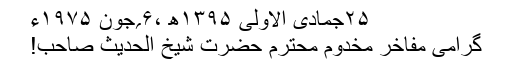
۲۵جمادی الاولیٰ ۱۳۹۵ھ ،۶؍جون ۱۹۷۵ء
گرامی مفاخر مخدوم محترم حضرت شیخ الحدیث صاحب!